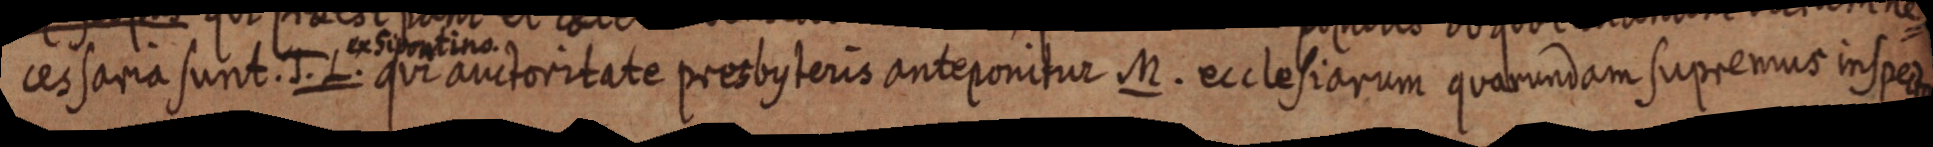
cessaria sunt. J. L. qui auctoritate presbysteris anteponitur M. ecclesiarum quarundam supremus inspecto